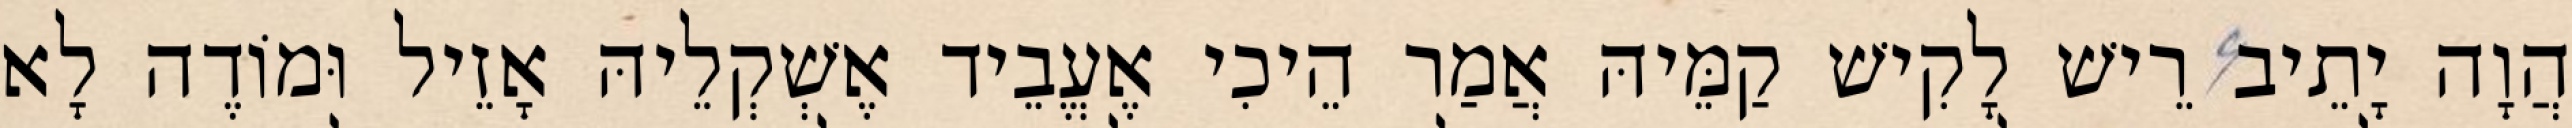
הֲוָה יָתֵיב רֵישׁ לָקִישׁ קַמֵּיהּ אֲמַר הֵיכִי אֶעֱבֵיד אֶשְׁקְלֵיהּ אָזֵיל וּמוֹדֶה לָא